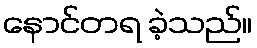
နောင်တရ ခဲ့သည်။